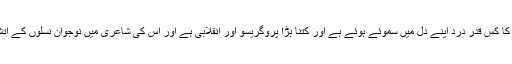
جو کچلے ہوئے، استحصال زدہ طبقوں کا کس قدر درد اپنے دل میں سموئے ہوئے ہے اور کتنا بڑا پروگریسو اور انقلابی ہے اور اس کی شاعری میں نوجوان نسلوں کے آتش فشاں جذبوں کا کتنا زیادہ ساماں ہے۔